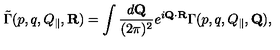
\tilde { \Gamma } ( p , q , Q _ { \| } , { \bf R } ) = \int { \frac { d { \bf Q } } { ( 2 \pi ) ^ { 2 } } } e ^ { i { \bf Q } \cdot { \bf R } } \Gamma ( p , q , Q _ { \| } , { \bf Q } ) ,